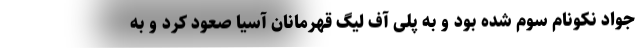
جواد نکونام سوم شده بود و به پلی آف لیگ قهرمانان آسیا صعود کرد و به